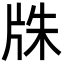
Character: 㸡